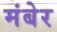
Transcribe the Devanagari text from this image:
मंबेर